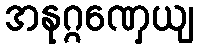
အနုဂ္ဂဏှေယျ